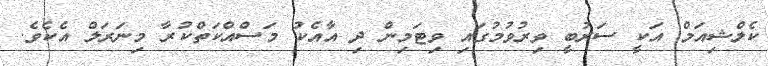
ކެލްޝިއަމް އަކީ ސަރުބީ ވިރުވުމުގައި ވިޓަމިން ދި އާއެކު މަސްއްކަތްކުރާ މިނަރަލް އެކެވެ.